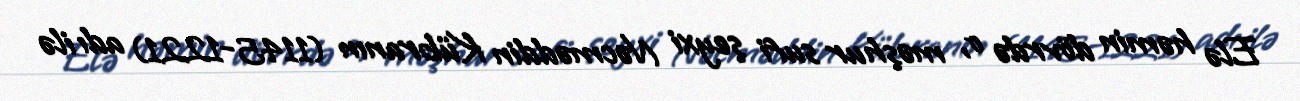
Elə həmin dövrdə o, məşhur sufi şeyxi Nəcməddin Kübranın (1145-1221) adı ilə